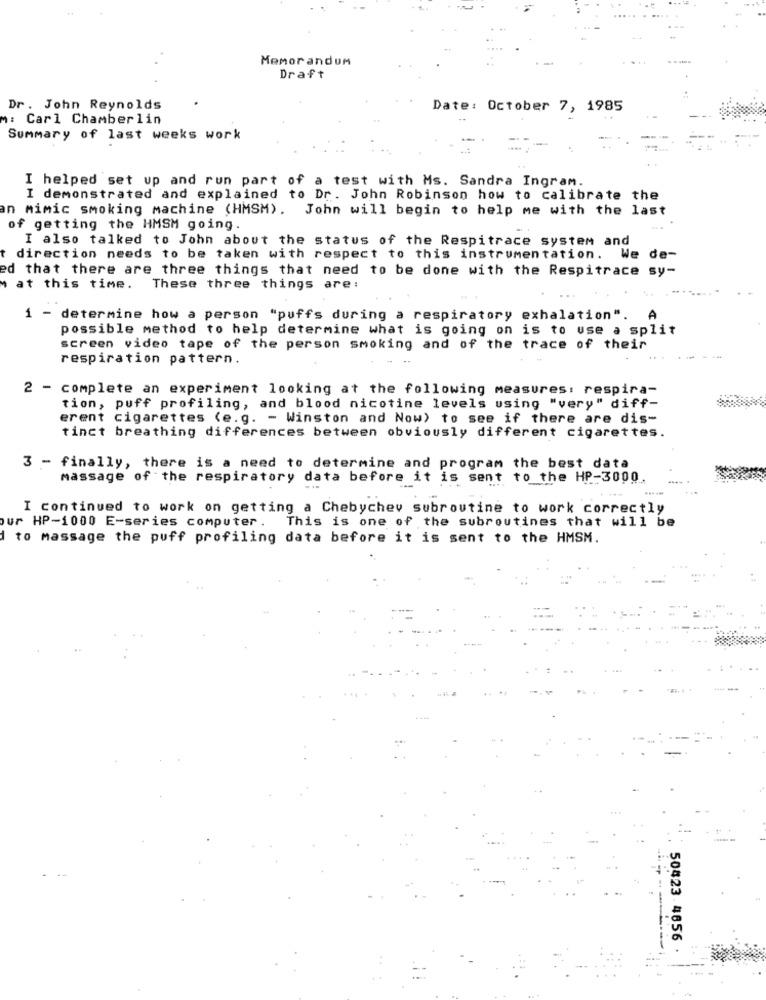
Memorandum
Draft
Dr. John Reynolds
Date: October 7, 1985
: Carl Chamberlin
Summary of last weeks work
I helped set up and run part of a test with Ms. Sandra Ingram.
I demonstrated and explained to Dr. John Robinson how to calibrate the
an mimic smoking machine (HMSM). John will begin to help me with the last
of getting the HMSM going.
I also talked to John about the status of the Respitrace system and
direction needs to be taken with respect to this instrumentation.
We de-
ed that there are three things that need to be done with the Respitrace sy-
at this time. These three things are:
1 - determine how a person "puffs during a respiratory exhalation".
possible method to help determine what is going on is to use a split
screen video tape of the person smoking and of the trace of their
respiration pattern.
2 - complete an experiment looking at the following measures: respira-
tion, puff profiling, and blood nicotine levels using "very" diff-
erent cigarettes (e.g. - Winston and Now) to see if there are dis-
tinct breathing differences between obviously different cigarettes.
3 - finally, there is a need to determine and program the best data
massage of the respiratory data before it is sent to the HP-3000.
.....
I continued to work on getting a Chebychev subroutine to work correctly
our HP-1000 E-series computer .
This is one of the subroutines that will be
1 to massage the puff profiling data before it is sent to the HMSM.
50423 4856